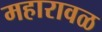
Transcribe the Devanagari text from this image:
महारावळ